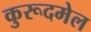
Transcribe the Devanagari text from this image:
कुरूदमेल